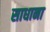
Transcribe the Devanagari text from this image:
साधाना